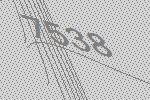
7538